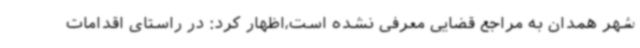
شهر همدان به مراجع قضایی معرفی نشده است،اظهار کرد: در راستای اقدامات